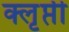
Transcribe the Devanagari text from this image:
क्लृप्ती